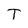
Character: T